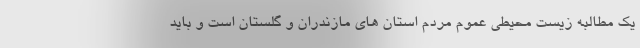
یک مطالبه زیست محیطی عموم مردم استان های مازندران و گلستان است و باید